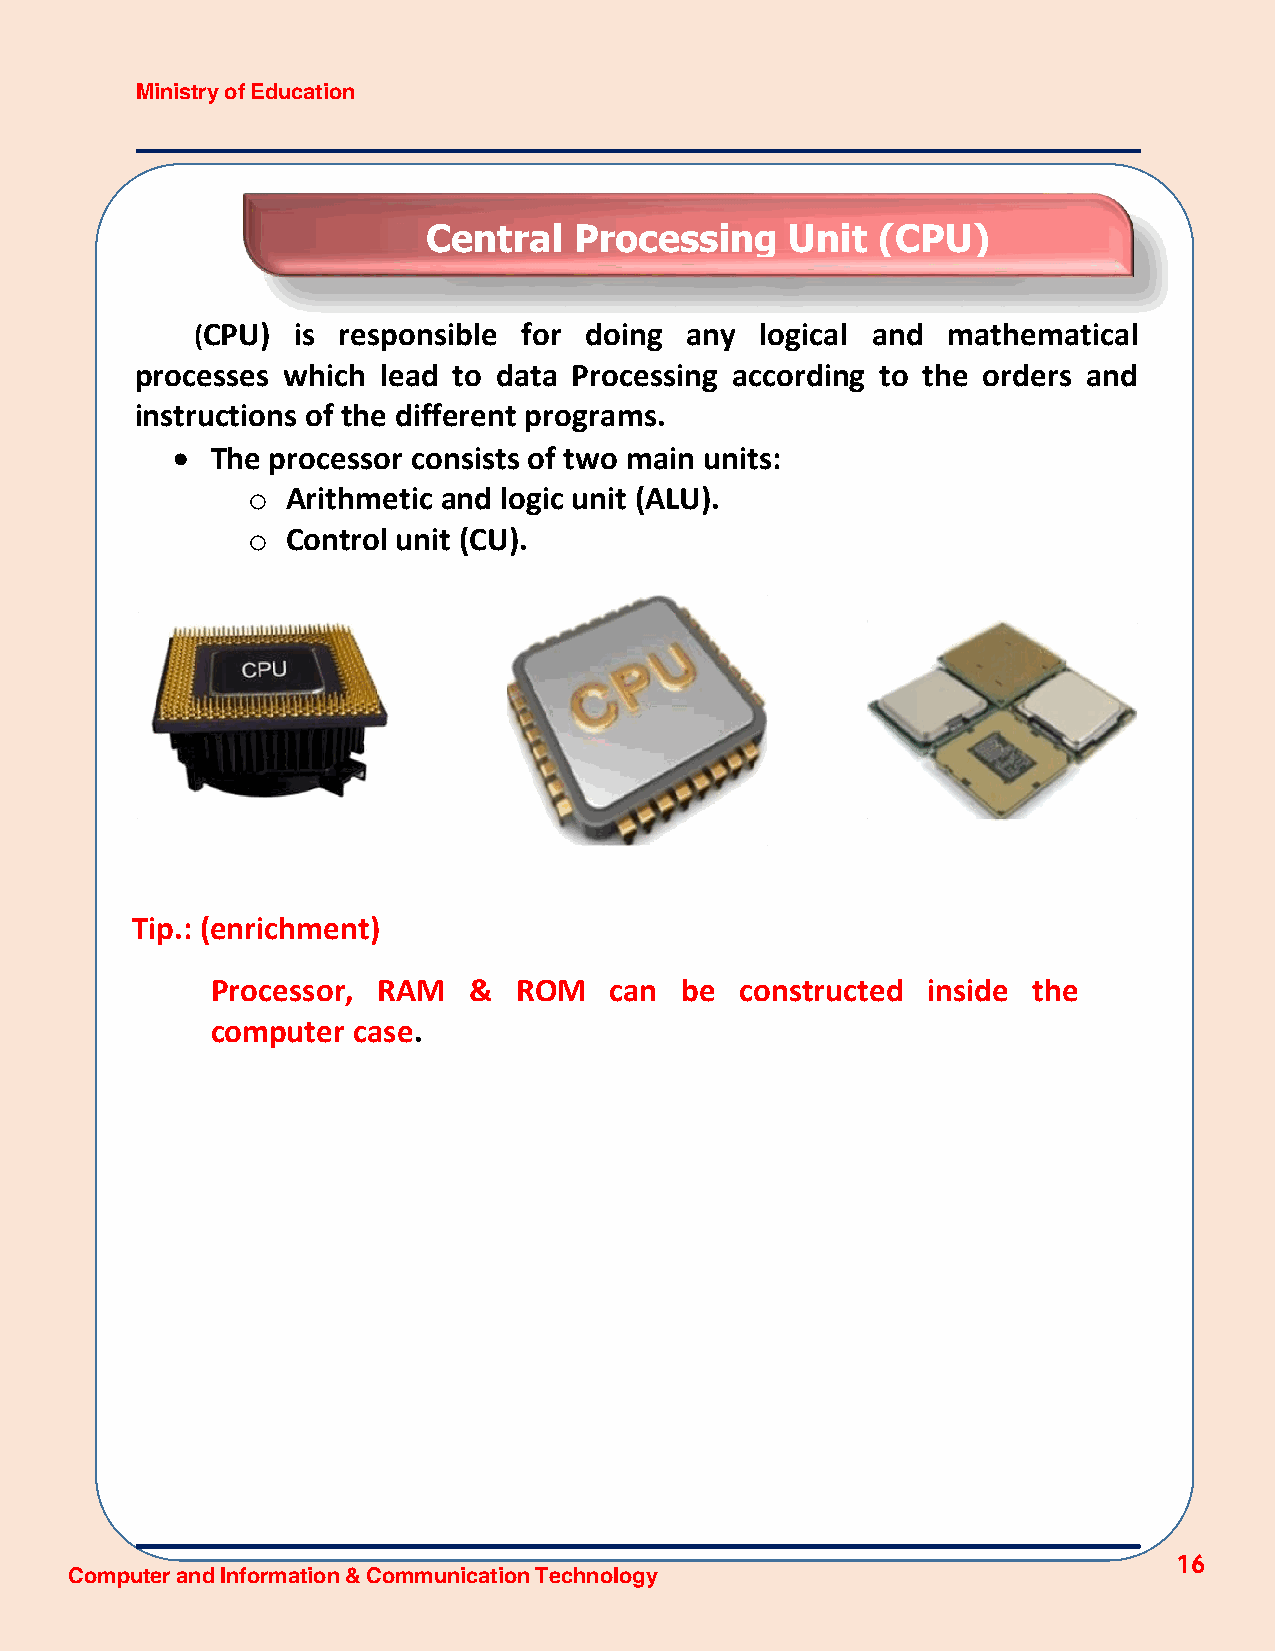
Ministry of Education
 Central   Processing    Unit  (CPU)
 (CPU) is responsible  for doing any  logical and  mathematical
 processes which lead to data Processing according to the orders and
 instructions of the different programs.
   The processor consists of two main units:
 o  Arithmetic and logic unit (ALU).
 o  Control unit (CU).
 Tip.: (enrichment)
 Processor, RAM   &  ROM   can  be  constructed inside the
 computer case.
 16
 Computer and Information & Communication Technology